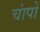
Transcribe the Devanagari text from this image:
चांपों